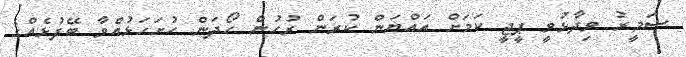
ސަމީރު ވިދާޅުވީ ޕީޖީ ކަމަށް އައްޔަން ކުރަން ރުހުން ހޯދަން ހުށަހަޅުއްވާ ބޭފުޅެއްގެ